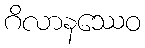
ဂိလာနဿေဝ